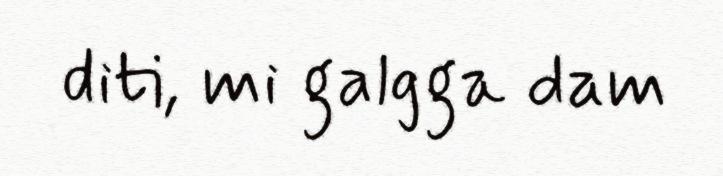
diti, mi galgga dam